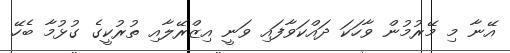
އޭނާ މި މޭރުމުން ވާހަކަ ދައްކަވާފައި ވަނީ އިޒްރޭލާއި ތުރުކީގެ ގުޅުމާ ބެހޭ